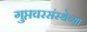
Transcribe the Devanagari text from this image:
गुप्तचरसंस्थेच्या